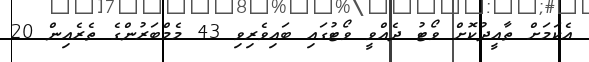
އެކަމަށް ތާއީދުކޮށް ވޯޓު ދެއްވީ ވޯޓުގައި ބައިވެރިވި 43 މެމްބަރުންގެ ތެރެއިން 20